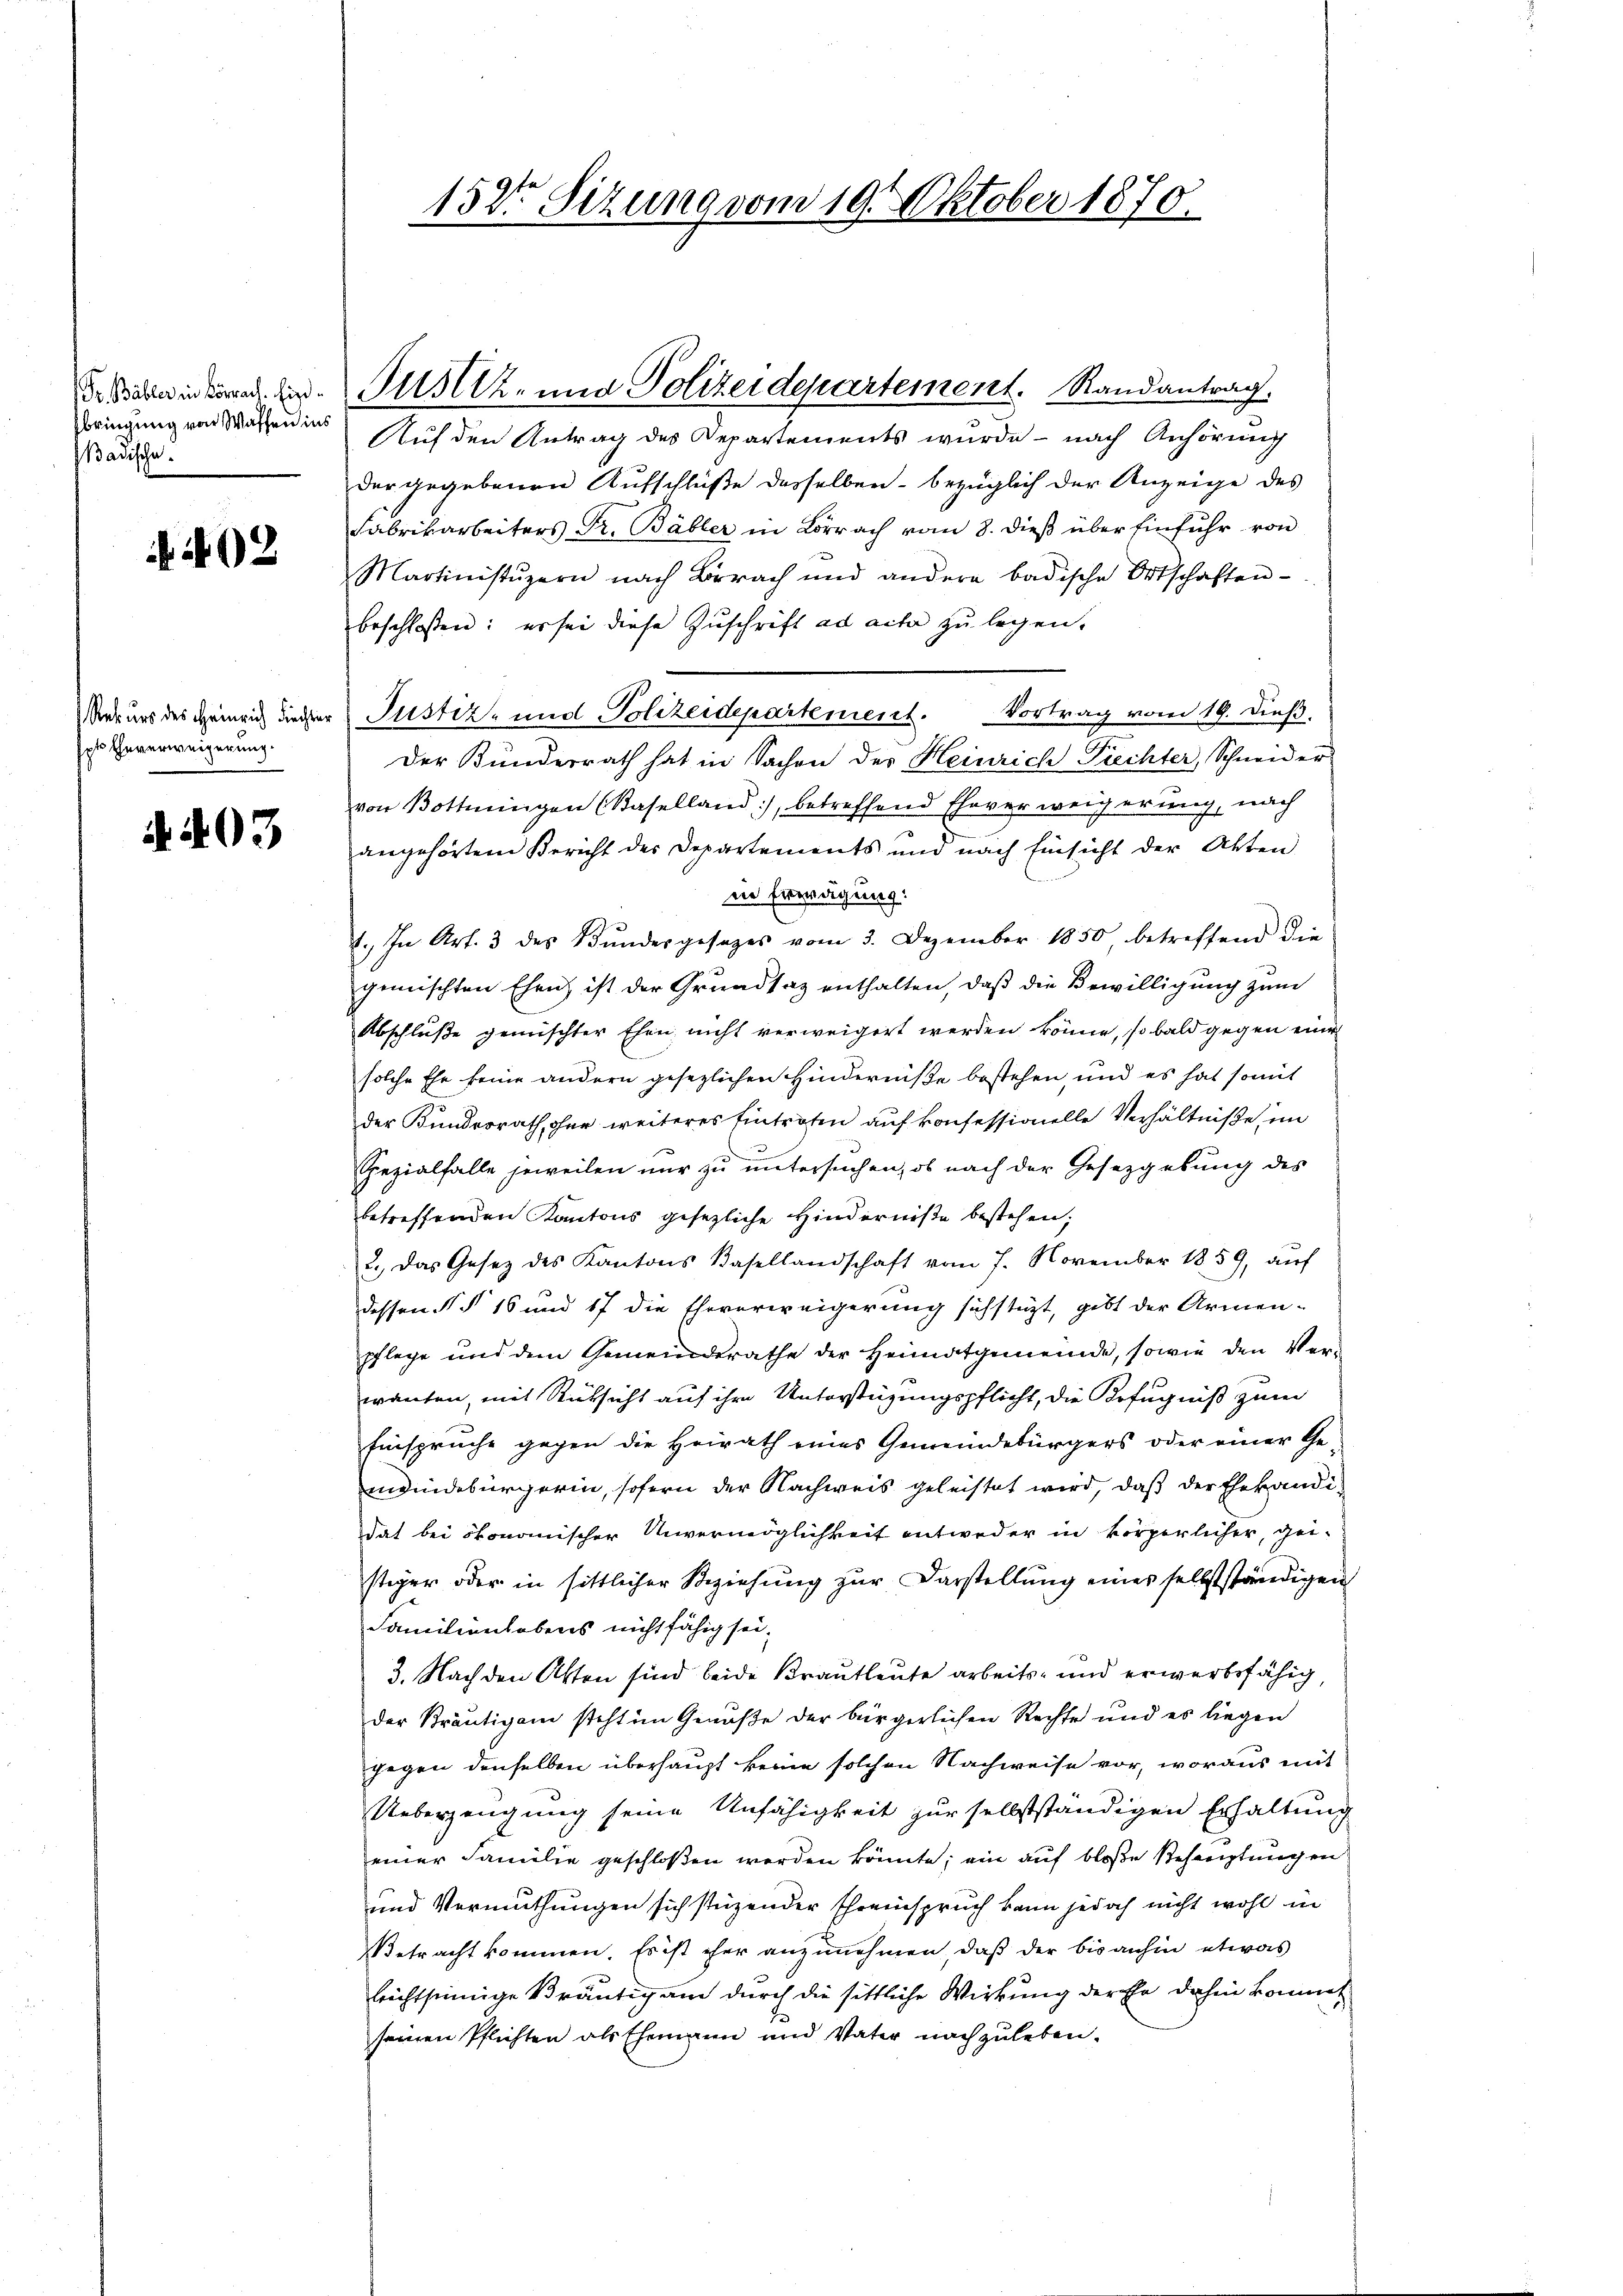
Gr. Bäbler in Lörrach. Eigebringung von Waffen in
Badische.

402

spt Eheverweigerung.

4403

der gegebenen Aufschlüße desselben - bezüglich der Anzeige des
Fabrikarbeiters Dr. Bäbler in Lörrach vom 8. dieß über Einfuhr von
Martinistŭzern nach Brach und andere badische Ortschaften-
beschlossen: es sei diese Zuschrift ad acta zu legen.
Rekurs des Heinrich dieser Justiz- und Polizeidepartement. Vortrag vom 19. dieß.
Der Kunderrath hat in Sachen des Heinrich Fiechter, Schneider
von Bottingen (Baselland), betreffend Eheverweigerŭng, nach
angehörtem Bericht der Departements und nach Einsicht der Akten
ne Erwägung:
1. In Art. 3 des Bŭndesgesetzes vom 3. Dezember 1850, betreffend die
gemischten Ehen ist der Grundsaz enthalten, daß die Bewilligung zum
Abschluße gemischter Ehen, nicht verweigert werden könne, so bald gegen eine
solche Ehe keine andern gesezlichen Hinderniße bestehen, und es hat somit
der Kundesrath, ohne weiteres Eintrafen auf konfessionelle Verhältniße, im
pezialfalle jeweilen nur zu untersuchen, ob nach der Gesetzgebung des
betreffenden Kantons gesezliche Hinderniße bestehen;
2.) Das Gesetz des Kantons Basellandschaft vom 7. November 1859, aŭf
dessen §§ 16 und 17 die Eheverweigerung sichstüzt, gibt der Armen-
pflege und dem Gemeindsrathe der Heimatgemeinde, sowie den Verwanten, mit Rücksicht auf ihre Unterstüzungspflicht, die Befugniß zum
Einspruche gegen die Heirath eines Gemeindebürgers oder einer Ge-
mindebürgerin, sofern der Nachweis geleistet wird, daß der Ehehändidat bei ökonomischer Unvermöglichkeit entweder in körperlicher, gei-
stiger oder in sittlicher Beziehung zur Darstellung eines selbstständigen
Familienlobens nicht fähig sei.
3. Nach den Akten sind beide Brautleute arbeits- und erwerbsfähig
der Kräutigam steht im Genuße der bürgerlichen Rechte und es liegen
gegen denselben überhaupt keine solchen Nachweise vor, woraus mit
Ueberzeugung seine Unfähigkeit zur selbstständigen Erhaltung
einer Familie geschloßen werden könnte; ein auf bloße Behauptungen
und Vermuthungen sich stüzender Ehreinspruch kann jedoch nicht wohl in
Betracht kommen. Es ist ihre anzunehmen, daß der bis anhin etwas
lrichtseinige Bräutig am durch die sittliche Wirkung der Ehe dahin kommt
seinen Pflichten als Ehemann und Vater nachzuleben.

152 Sizung vom 19. Oktober 1870.

Justiz- und Polizeidepartement. Randantrag.
Auf den Antrag des Departements wurde - nach Anhörung